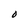
Character: O